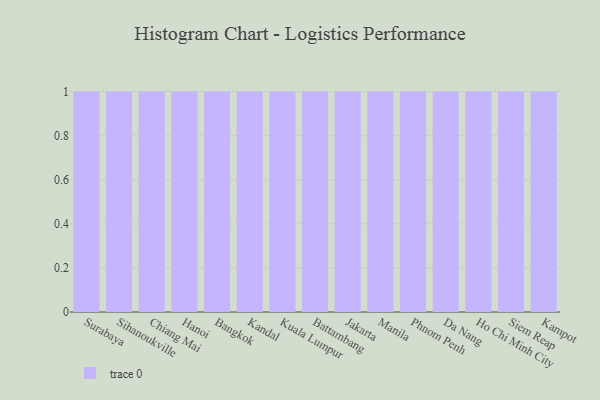
{"axis": {"x": "City", "y": "Satisfaction Score"}, "legend": [""], "data": [{"x": "Surabaya", "y": 73, "type": ""}, {"x": "Sihanoukville", "y": 67, "type": ""}, {"x": "Chiang Mai", "y": 86, "type": ""}, {"x": "Hanoi", "y": 91, "type": ""}, {"x": "Bangkok", "y": 64, "type": ""}, {"x": "Kandal", "y": 12, "type": ""}, {"x": "Kuala Lumpur", "y": 73, "type": ""}, {"x": "Battambang", "y": 76, "type": ""}, {"x": "Jakarta", "y": 67, "type": ""}, {"x": "Manila", "y": 3, "type": ""}, {"x": "Phnom Penh", "y": 38, "type": ""}, {"x": "Da Nang", "y": 86, "type": ""}, {"x": "Ho Chi Minh City", "y": 57, "type": ""}, {"x": "Siem Reap", "y": 63, "type": ""}, {"x": "Kampot", "y": 21, "type": ""}]}